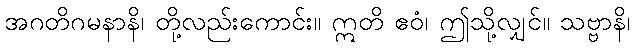
အဂတိဂမနာနိ၊ တို့လည်းကောင်း။ ဣတိ ဧဝံ၊ ဤသို့လျှင်။ သဗ္ဗာနိ၊